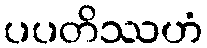
ပပတိဿဟံ